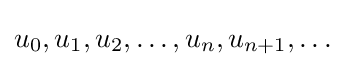
u_{0},u_{1},u_{2},\ldots ,u_{n},u_{n+1},\ldots